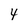
Character: 4